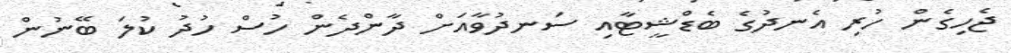
ޖެހިގެން ހުރި އެނދުގެ ބެޑްޝީޓާއި ސަނދުވާއަށް ދާންދެން ހުސް ހުދު ކުލަ ބޭނުން